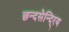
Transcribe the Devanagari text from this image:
छन्दसेन्दि्रय